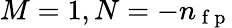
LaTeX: M=1,N=-{n_{\mathrm{~f~p~}}}